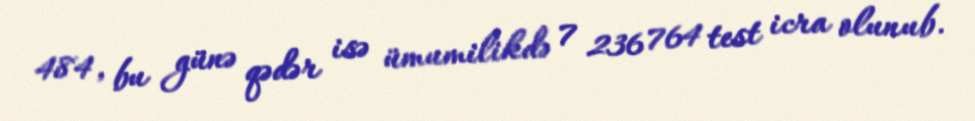
484, bu günə qədər isə ümumilikdə 7 236 764 test icra olunub.